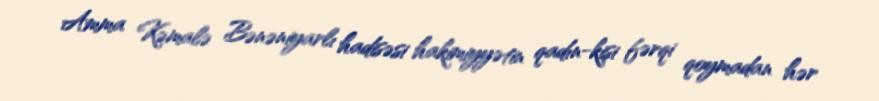
Amma Kəmalə Bənəniyarlı hadisəsi hakimiyyətin qadın-kişi fərqi qoymadan hər